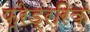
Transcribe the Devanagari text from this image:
फ्रेड्ररिक